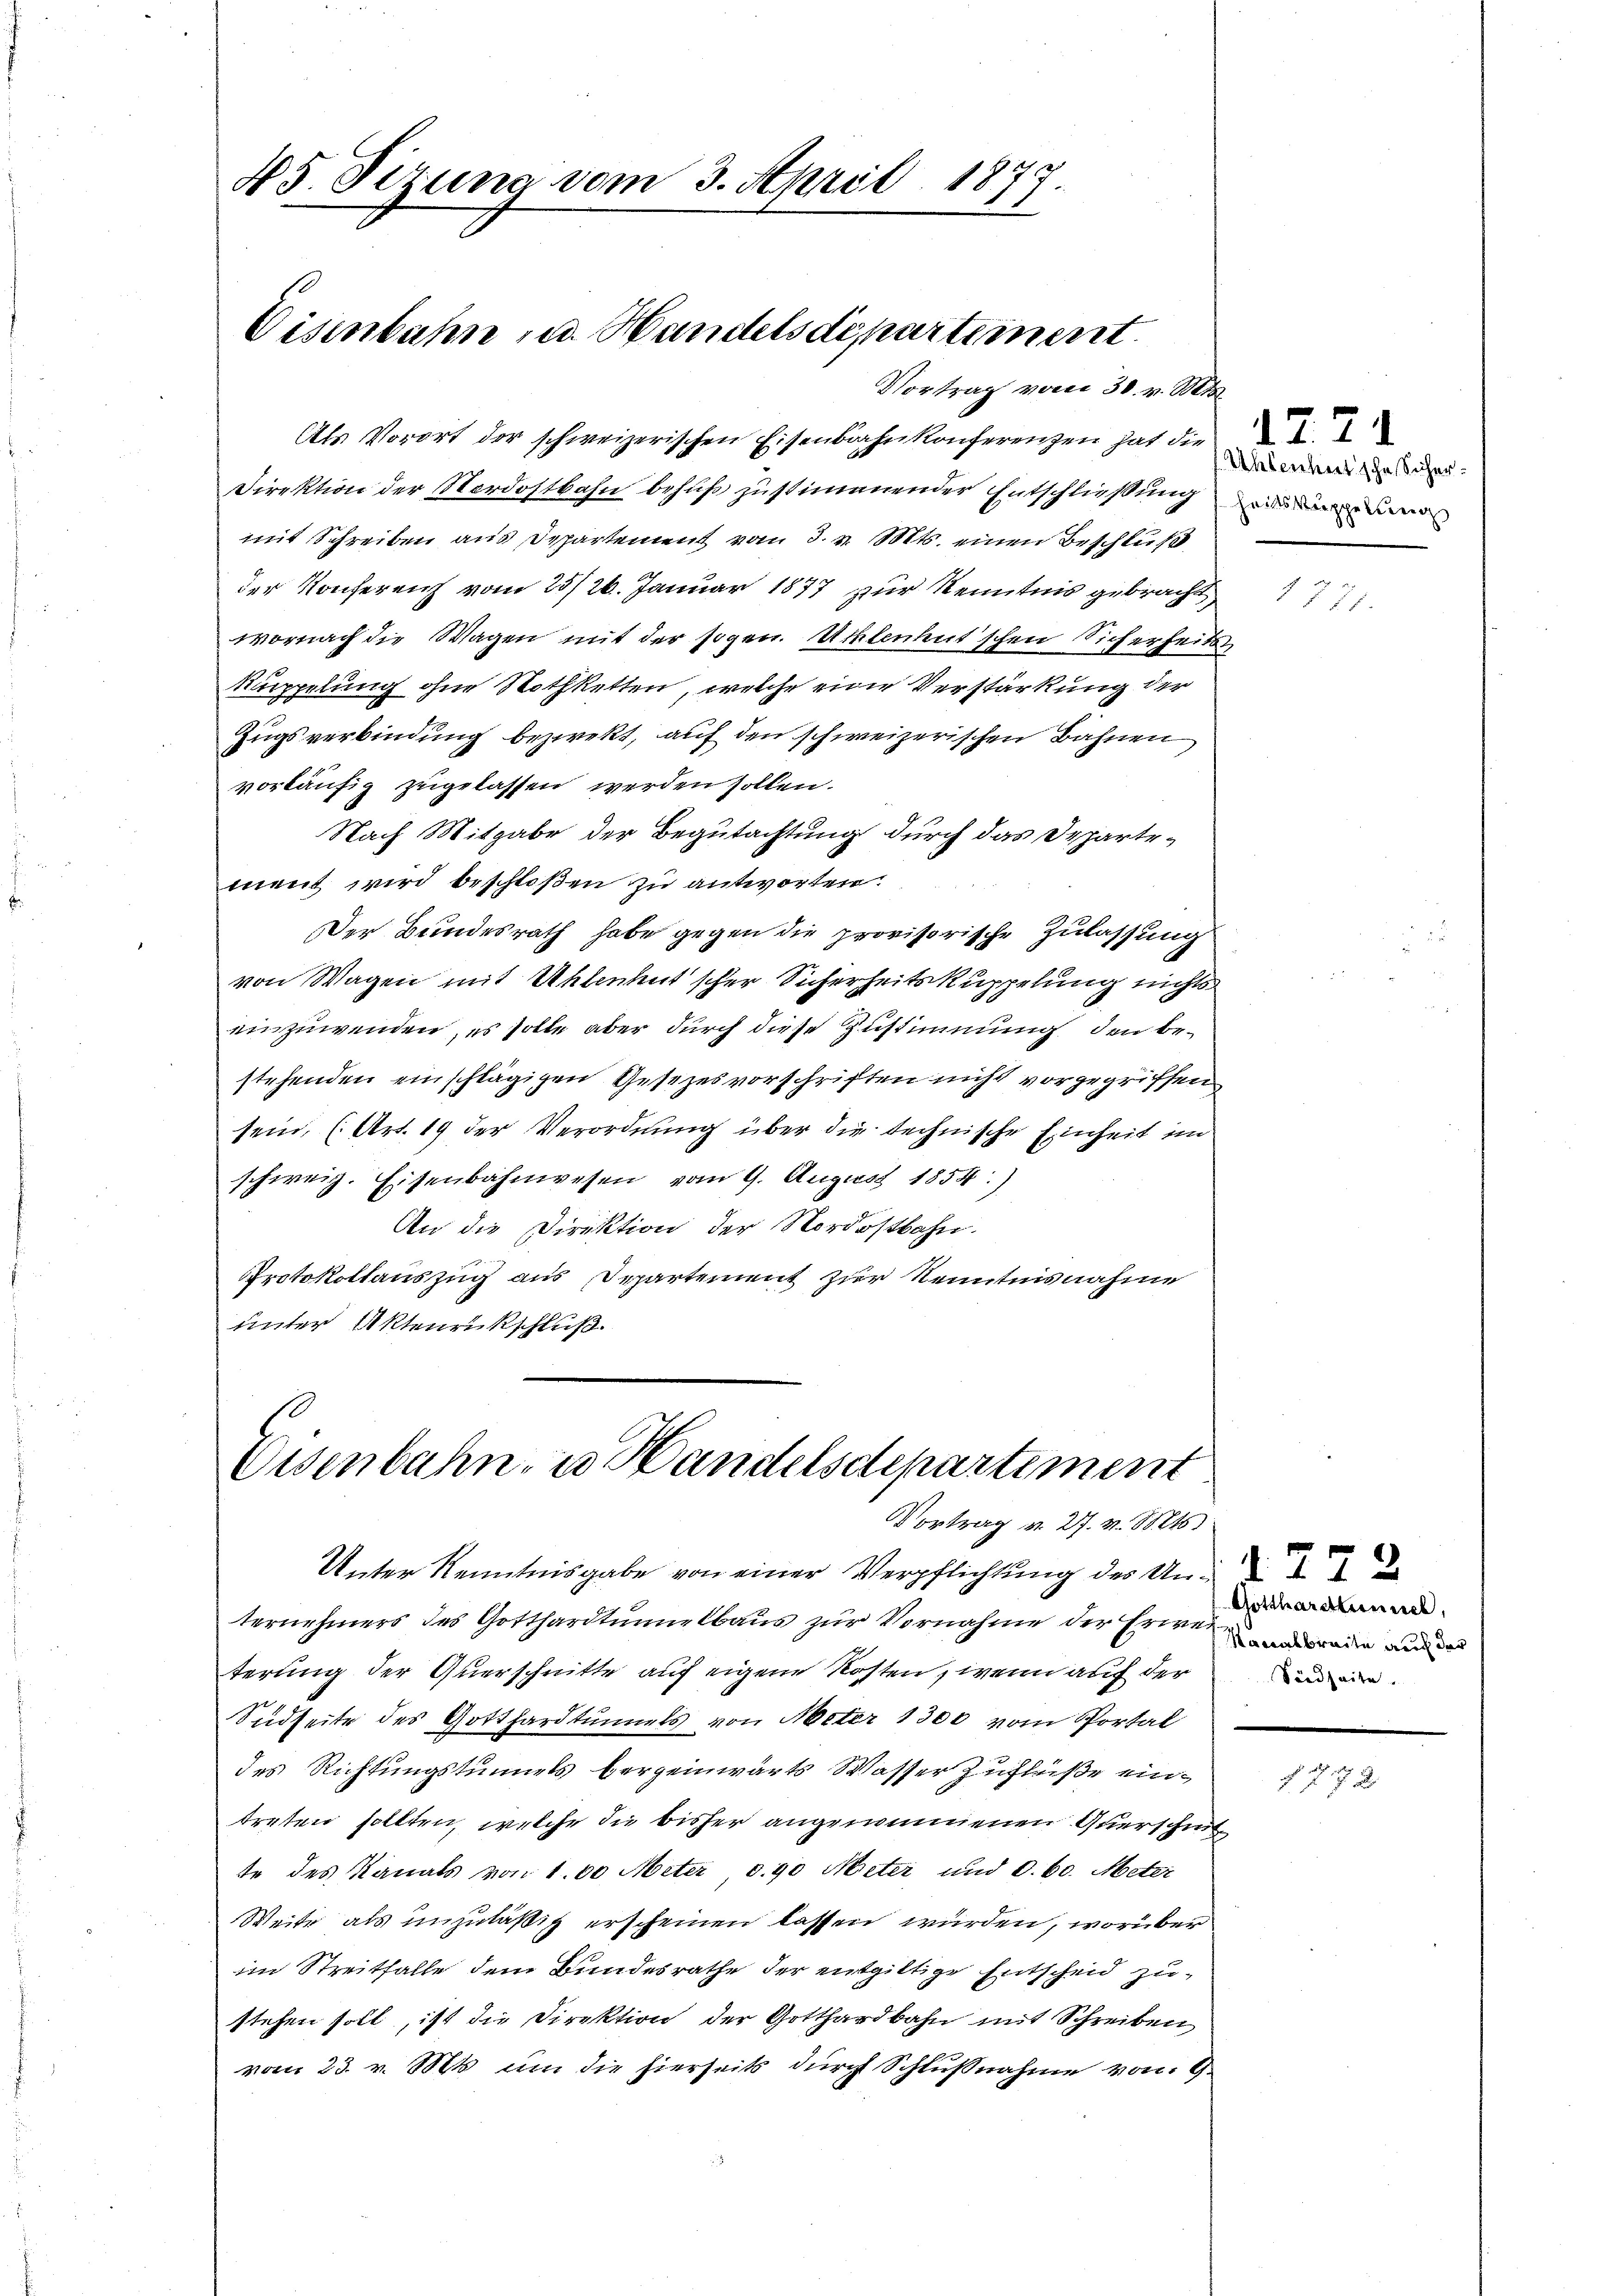
45. Sizung vom 3. April 1877.
Eisenbahn u. Handelsdepartement.

Vortrag vom 30. v. Mts.

Als Vorort der schweizerischen Eisenbahnkonferenzen hat die
Direktion der Nordostbahn behuf zustimmender Entschließung
mit Schreiben aus Departement vom 3. v. Mts. einen Beschluß
der Konferenz vom 25/26. Januar 1877 zur Kenntnis gebracht,
wornach die Wagen mit der sogen. Allenhutschen Sicherheits
Kuppelung ohne Rothketten, welche eine Verstärkung der
Zugsverbindung bezwekt, auf den schweizerischen Bahnen
vorläufig zugelassen werden sollen.
Nach Mitgabe der Begutachtung durch das Departement wird beschloßen zu antworten
Der Bundesrath habe gegen die provisorische Zulassung
von Wagen mit Allenhut'scher Sicherheitskuppelung nichts
einzuwenden, es solle aber durch diese Zustimmung den bestehenden einschlägigen Gesezesvorschriften nicht vorgegriffen
sein, (Art. 19 der Verordnung über die technische Einheit im
schweiz. Eisenbahnwesen vom 9. August 1854.)
An die Direktion der Nordostbahn.
Protokollauszug aus Departement zur Kenntnisnahme
unter Aktenrückschluß.

Eisenbahn, u. Handelsdepartement
Vortrag u. 27. v. 18816.

Unter Kenntnisgabe von einer Verpflichtung der Unternehmers des Gotthardtunnelbaus zur Vornahme der Erweigen a
terung der Querschnitte auf eigene Kosten, wenn auf der
Südseite des Gotthardtunnels von Meter 1300 vom Portal
des Richtungstunnels hergeinwärts Wasser Zuflüße eintreten sollten, welche die bisher angenommenen Querschut
te des Kanals von 100 Meter, d. 90 Meter und 8. 60. Meter
Weite als unzuläßig erscheinen lassen würden, worüber
im Streitfalle dem Bundesrathe der entgültige Entscheid zustehen soll, ist die Direktion der Gotthardbahn mit Schreiben
vom 23. v. Mts. um die hierseits durch Schlußnahme von 9

Alesenheit sche Sicher-

E

Gotthardtunnel,
Sidzeite.

f 27 x